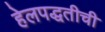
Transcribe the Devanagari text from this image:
हेलपद्धतीची